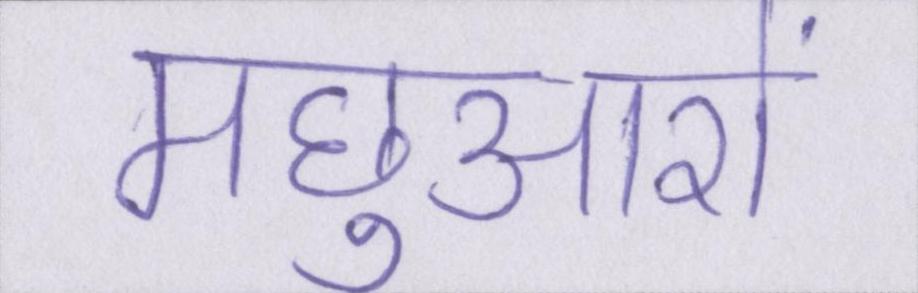
मछुआरों